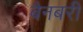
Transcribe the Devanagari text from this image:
बैनबरी